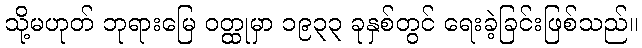
သို့မဟုတ် ဘုရားမြေ ဝတ္ထုမှာ ၁၉၃၃ ခုနှစ်တွင် ရေးခဲ့ခြင်းဖြစ်သည်။